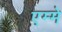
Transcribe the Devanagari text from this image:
एम्मे